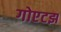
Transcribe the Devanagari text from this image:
गोएटझ